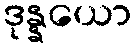
ဒုန္နယော